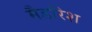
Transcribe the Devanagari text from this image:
मैडरिश